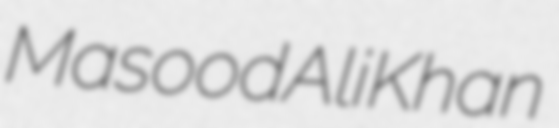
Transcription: Masood Ali Khan